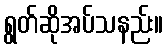
ရွတ်ဆိုအပ်သနည်း။